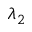
\lambda _ { 2 }